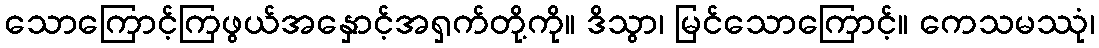
သောကြောင့်ကြဖွယ်အနှောင့်အရှက်တို့ကို။ ဒိသွာ၊ မြင်သောကြောင့်။ ကေသမဿုံ၊